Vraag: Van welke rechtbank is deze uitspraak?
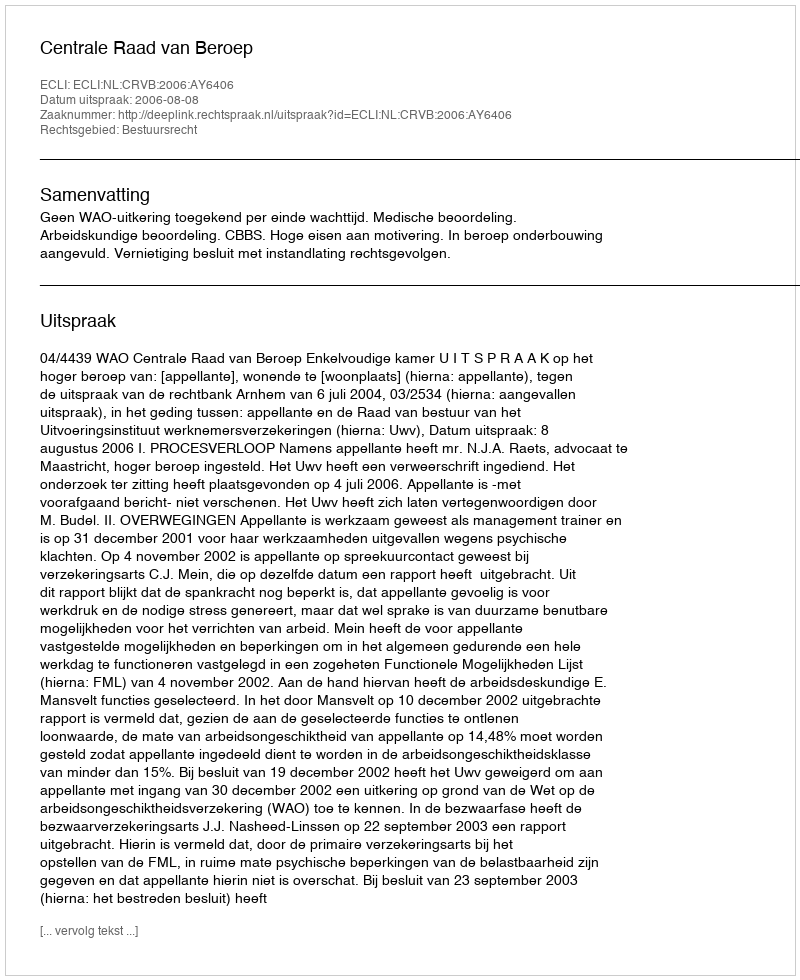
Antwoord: Centrale Raad van Beroep